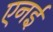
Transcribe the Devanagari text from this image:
एनई